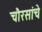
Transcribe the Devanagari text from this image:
चौरसांचे